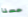
حسنا